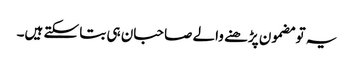
یہ تو مضمون پڑھنے والے صاحبان ہی بتا سکتے ہیں۔